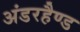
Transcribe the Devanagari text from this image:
अंडरहैण्ड